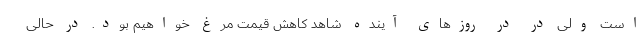
است ولی در در روزهای آینده شاهد کاهش قیمت مرغ خواهیم بود. در حالی